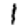
Digit: 1